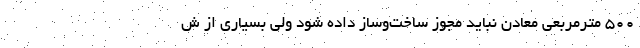
۵۰۰‌ مترمربعی معادن نباید مجوز ساخت‌وساز داده شود ولی بسیاری از ش